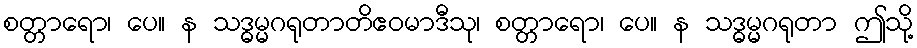
စတ္တာရော၊ ပေ။ န သဒ္ဓမ္မဂရုတာတိဧဝမာဒီသု၊ စတ္တာရော၊ ပေ။ န သဒ္ဓမ္မဂရုတာ ဤသို့